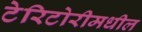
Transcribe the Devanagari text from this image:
टेरिटोरीमधील